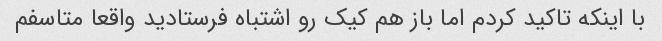
با اینکه تاکید کردم اما باز هم کیک رو اشتباه فرستادید واقعا متاسفم